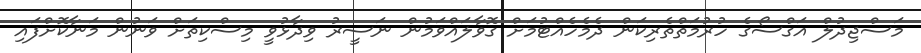
މަސްޖިދުލް އަގްސޯގެ ހުރުމަތްތެރިކަން ދެމެހެއްޓުމަށް ގޮވާލައްވަމުން ނަސީރު ވިދާޅުވީ މިސްކިތަށް ވަނުން މަނާކޮށްފައި